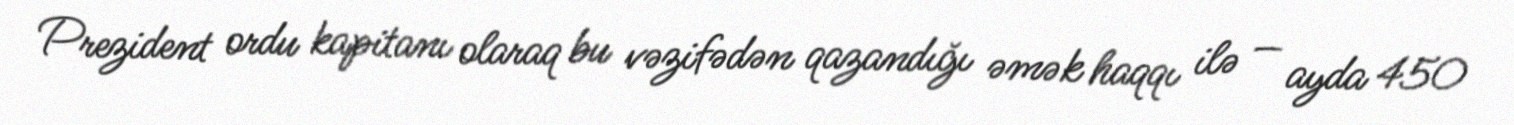
Prezident ordu kapitanı olaraq bu vəzifədən qazandığı əmək haqqı ilə — ayda 450